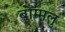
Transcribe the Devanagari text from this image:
बोम्मलु